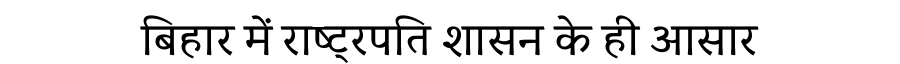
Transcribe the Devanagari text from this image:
बिहार में राष्ट्रपति शासन के ही आसार